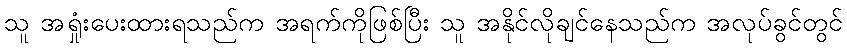
သူ အရှုံးပေးထားရသည်က အရက်ကိုဖြစ်ပြီး သူ အနိုင်လိုချင်နေသည်က အလုပ်ခွင်တွင်